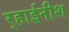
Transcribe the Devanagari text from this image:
र्‍हाईनीश